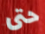
حتى